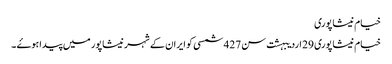
خیام نیشاپوری
خیام نیشاپوری 29 اردیبہشت سن 427 شمسی کو ایران کے شہر نیشاپور میں پیدا ہوۓ ۔